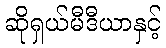
ဆိုရှယ်မီဒီယာနှင့်